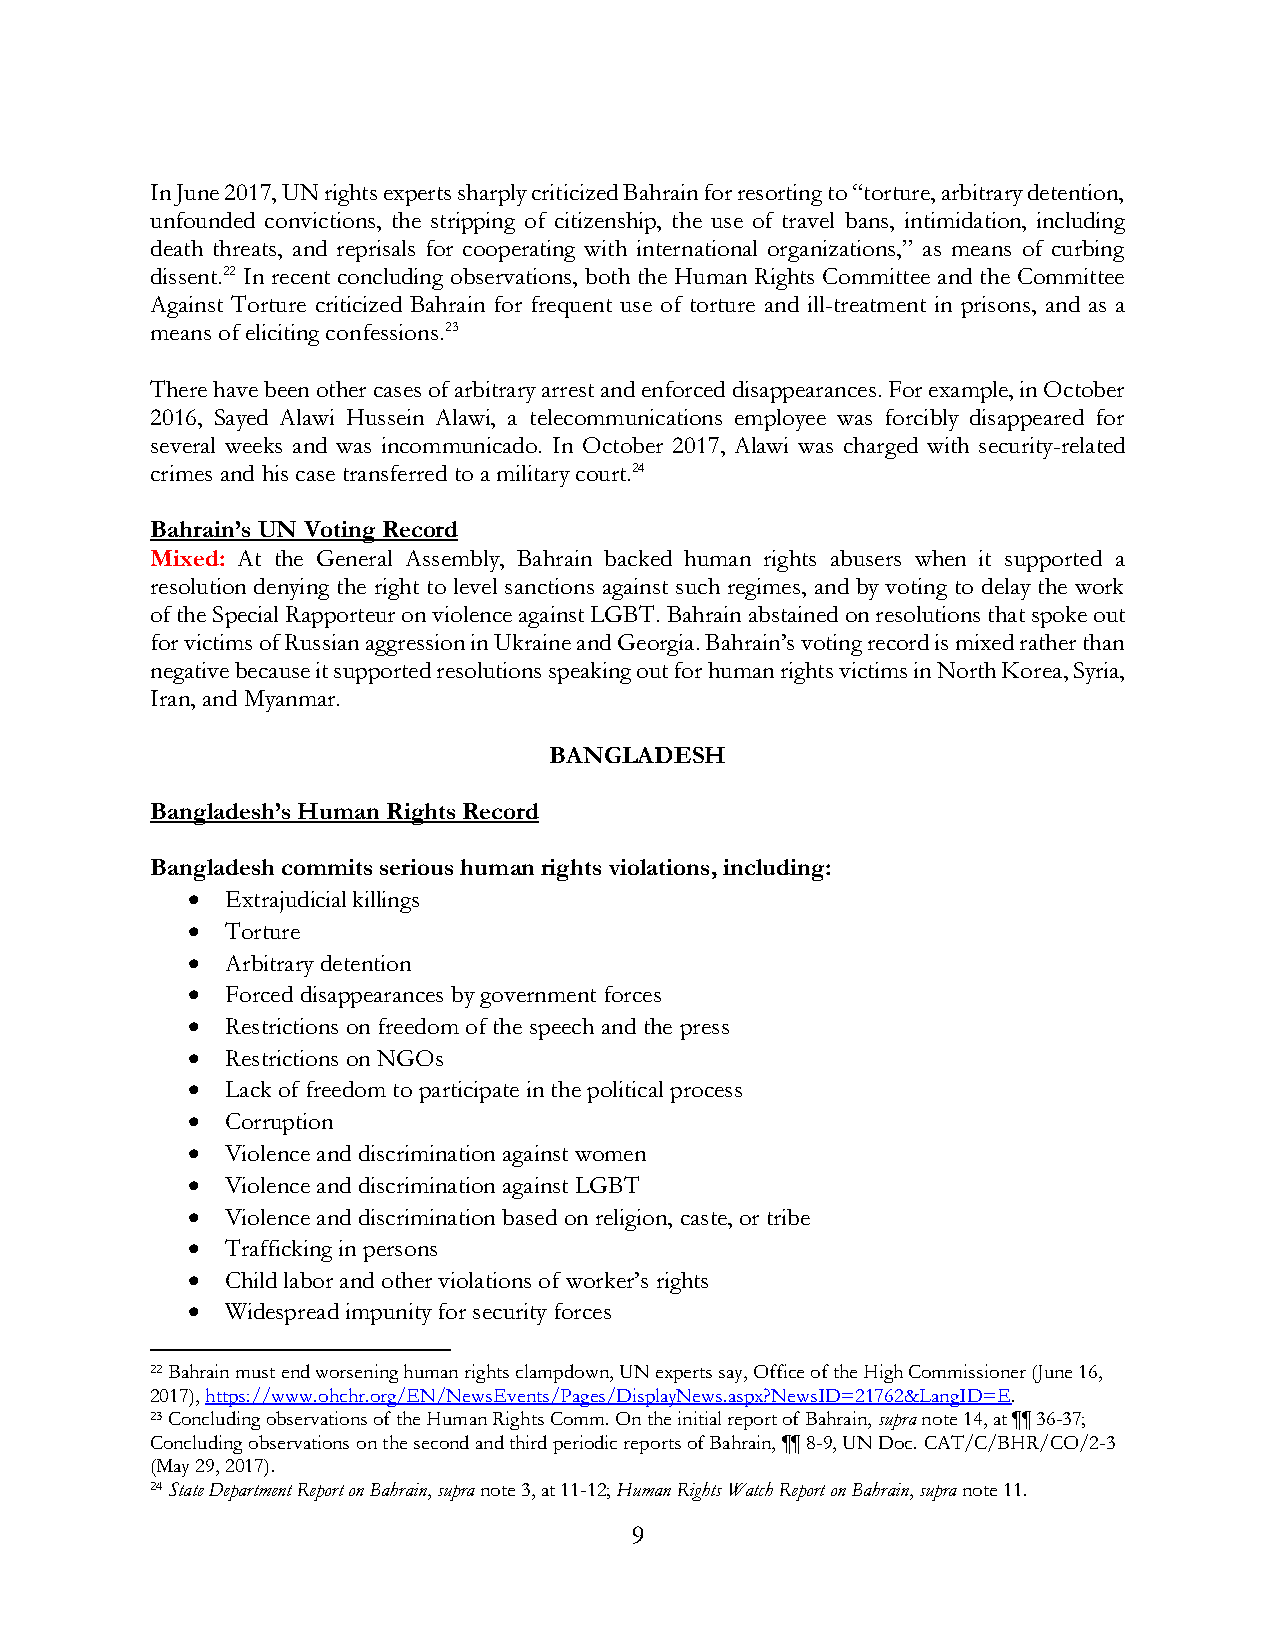
In June 2017, UN rights experts sharply criticized Bahrain for resorting to “torture, arbitrary detention,
 unfounded convictions, the stripping of citizenship, the use of travel bans, intimidation, including
 death threats, and reprisals for cooperating with international organizations,” as means of curbing
 dissent.22 In recent concluding observations, both the Human Rights Committee and the Committee
 Against Torture criticized Bahrain for frequent use of torture and ill-treatment in prisons, and as a
 means of eliciting confessions.23
 There have been other cases of arbitrary arrest and enforced disappearances. For example, in October
 2016, Sayed Alawi Hussein Alawi, a telecommunications employee was forcibly disappeared for
 several weeks and was incommunicado. In October 2017, Alawi was charged with security-related
 crimes and his case transferred to a military court.24
 Bahrain’s UN Voting Record
 Mixed: At the General Assembly, Bahrain backed human rights abusers when it supported a
 resolution denying the right to level sanctions against such regimes, and by voting to delay the work
 of the Special Rapporteur on violence against LGBT. Bahrain abstained on resolutions that spoke out
 for victims of Russian aggression in Ukraine and Georgia. Bahrain’s voting record is mixed rather than
 negative because it supported resolutions speaking out for human rights victims in North Korea, Syria,
 Iran, and Myanmar.
 BANGLADESH
 Bangladesh’s Human Rights Record
 Bangladesh commits serious human rights violations, including:
 •  Extrajudicial killings
 •  Torture
 •  Arbitrary detention
 •  Forced disappearances by government forces
 •  Restrictions on freedom of the speech and the press
 •  Restrictions on NGOs
 •  Lack of freedom to participate in the political process
 •  Corruption
 •  Violence and discrimination against women
 •  Violence and discrimination against LGBT
 •  Violence and discrimination based on religion, caste, or tribe
 •  Trafficking in persons
 •  Child labor and other violations of worker’s rights
 •  Widespread impunity for security forces
 22 Bahrain must end worsening human rights clampdown, UN experts say, Office of the High Commissioner (June 16,
 2017), https://www.ohchr.org/EN/NewsEvents/Pages/DisplayNews.aspx?NewsID=21762&LangID=E.
 23 Concluding observations of the Human Rights Comm. On the initial report of Bahrain, supra note 14, at ¶¶ 36-37;
 Concluding observations on the second and third periodic reports of Bahrain, ¶¶ 8-9, UN Doc. CAT/C/BHR/CO/2-3
 (May 29, 2017).
 24 State Department Report on Bahrain, supra note 3, at 11-12; Human Rights Watch Report on Bahrain, supra note 11.
 9